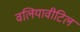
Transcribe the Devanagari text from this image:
वलियावीटिल